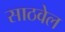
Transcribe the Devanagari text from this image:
साठवेल